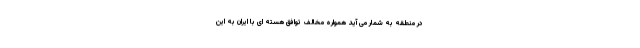
در منطقه به شمار می آید همواره مخالف توافق هسته ای با ایران به این